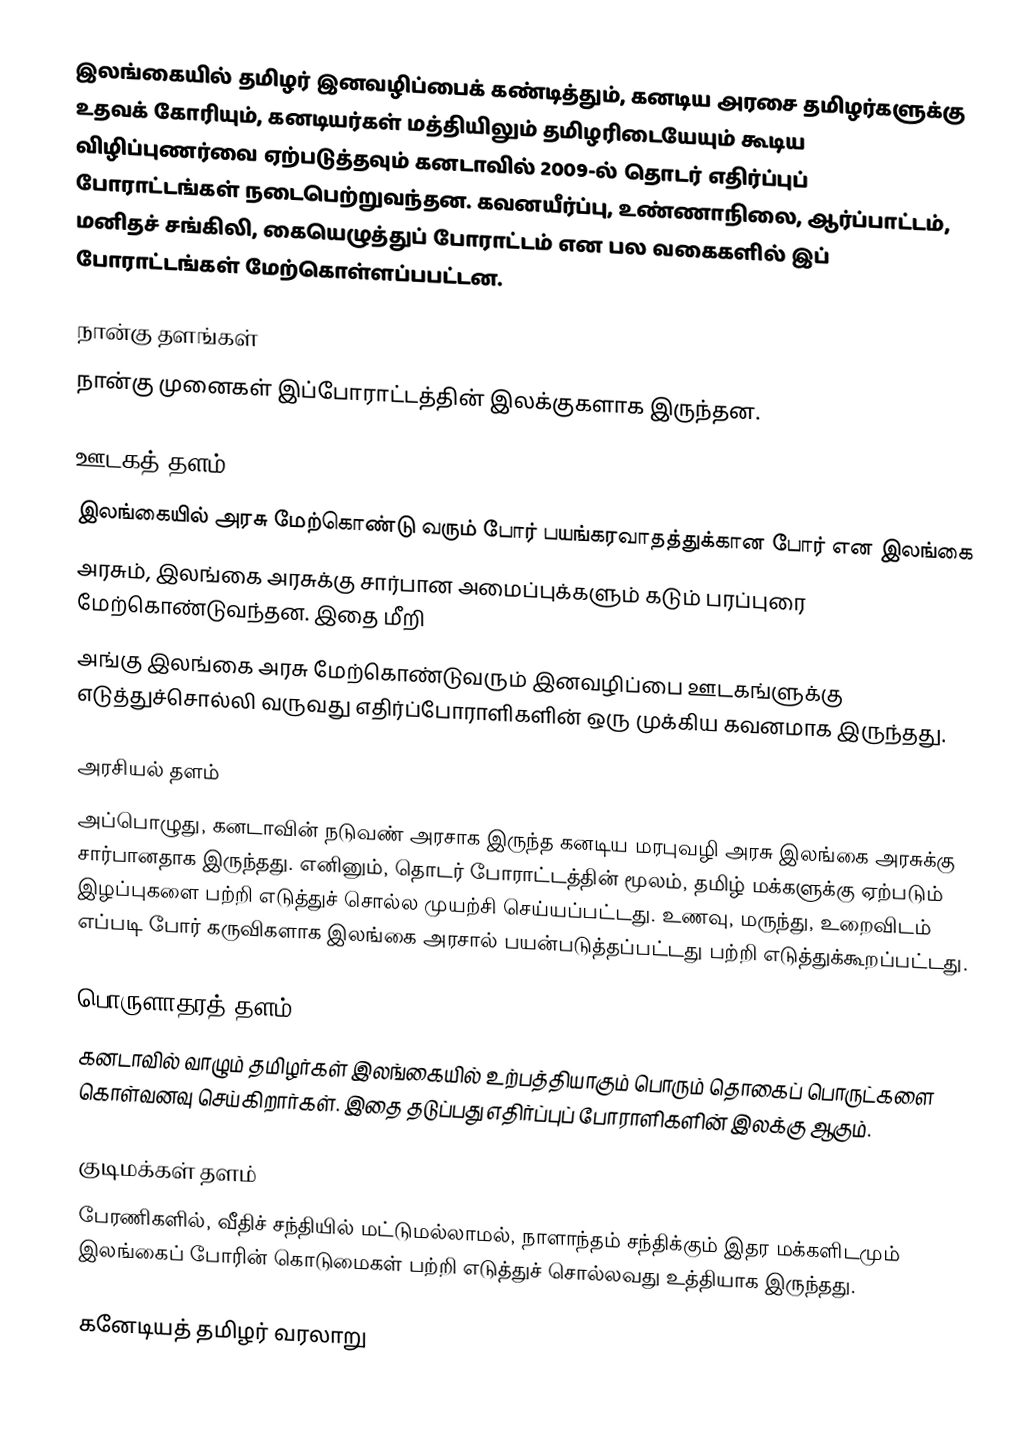
இலங்கையில் தமிழர் இனவழிப்பைக் கண்டித்தும், கனடிய அரசை தமிழர்களுக்கு உதவக் கோரியும், கனடியர்கள் மத்தியிலும் தமிழரிடையேயும் கூடிய விழிப்புணர்வை ஏற்படுத்தவும் கனடாவில் 2009-ல் தொடர் எதிர்ப்புப் போராட்டங்கள் நடைபெற்றுவந்தன. கவனயீர்ப்பு, உண்ணாநிலை, ஆர்ப்பாட்டம், மனிதச் சங்கிலி, கையெழுத்துப் போராட்டம் என பல வகைகளில் இப் போராட்டங்கள் மேற்கொள்ளப்பபட்டன.

நான்கு தளங்கள்
நான்கு முனைகள் இப்போராட்டத்தின் இலக்குகளாக இருந்தன.

ஊடகத் தளம்
இலங்கையில் அரசு மேற்கொண்டு வரும் போர் பயங்கரவாதத்துக்கான போர் என இலங்கை
அரசும், இலங்கை அரசுக்கு சார்பான அமைப்புக்களும் கடும் பரப்புரை மேற்கொண்டுவந்தன.  இதை மீறி
அங்கு இலங்கை அரசு மேற்கொண்டுவரும் இனவழிப்பை ஊடகங்ளுக்கு எடுத்துச்சொல்லி வருவது எதிர்ப்போராளிகளின் ஒரு முக்கிய கவனமாக இருந்தது.

அரசியல் தளம்
அப்பொழுது, கனடாவின் நடுவண் அரசாக இருந்த கனடிய மரபுவழி அரசு இலங்கை அரசுக்கு சார்பானதாக இருந்தது.  எனினும், தொடர் போராட்டத்தின் மூலம், தமிழ் மக்களுக்கு ஏற்படும் இழப்புகளை பற்றி எடுத்துச் சொல்ல முயற்சி செய்யப்பட்டது.  உணவு, மருந்து, உறைவிடம் எப்படி போர் கருவிகளாக இலங்கை அரசால் பயன்படுத்தப்பட்டது பற்றி எடுத்துக்கூறப்பட்டது.

பொருளாதரத் தளம்
கனடாவில் வாழும் தமிழர்கள் இலங்கையில் உற்பத்தியாகும் பொரும் தொகைப் பொருட்களை கொள்வனவு செய்கிறார்கள்.  இதை தடுப்பது எதிர்ப்புப் போராளிகளின் இலக்கு ஆகும்.

குடிமக்கள் தளம்
பேரணிகளில், வீதிச் சந்தியில் மட்டுமல்லாமல், நாளாந்தம் சந்திக்கும் இதர மக்களிடமும் இலங்கைப் போரின் கொடுமைகள் பற்றி எடுத்துச் சொல்லவது உத்தியாக இருந்தது.

கனேடியத் தமிழர் வரலாறு